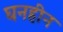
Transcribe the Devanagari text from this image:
घनहीन